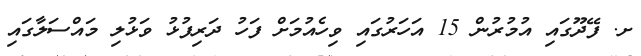
ށ. ފޭދޫގައި އުމުރުން 15 އަހަރުގައި ވިހެއުމަށް ފަހު ދަރިފުޅު ވަޅުލި މައްސަލާގައި